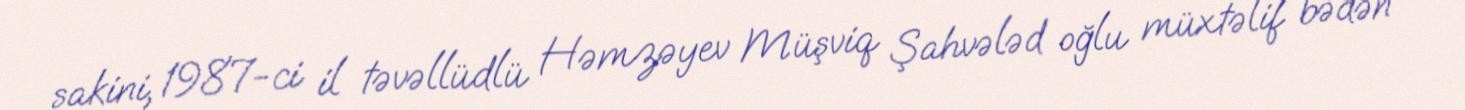
sakini, 1987-ci il təvəllüdlü Həmzəyev Müşviq Şahvələd oğlu müxtəlif bədən